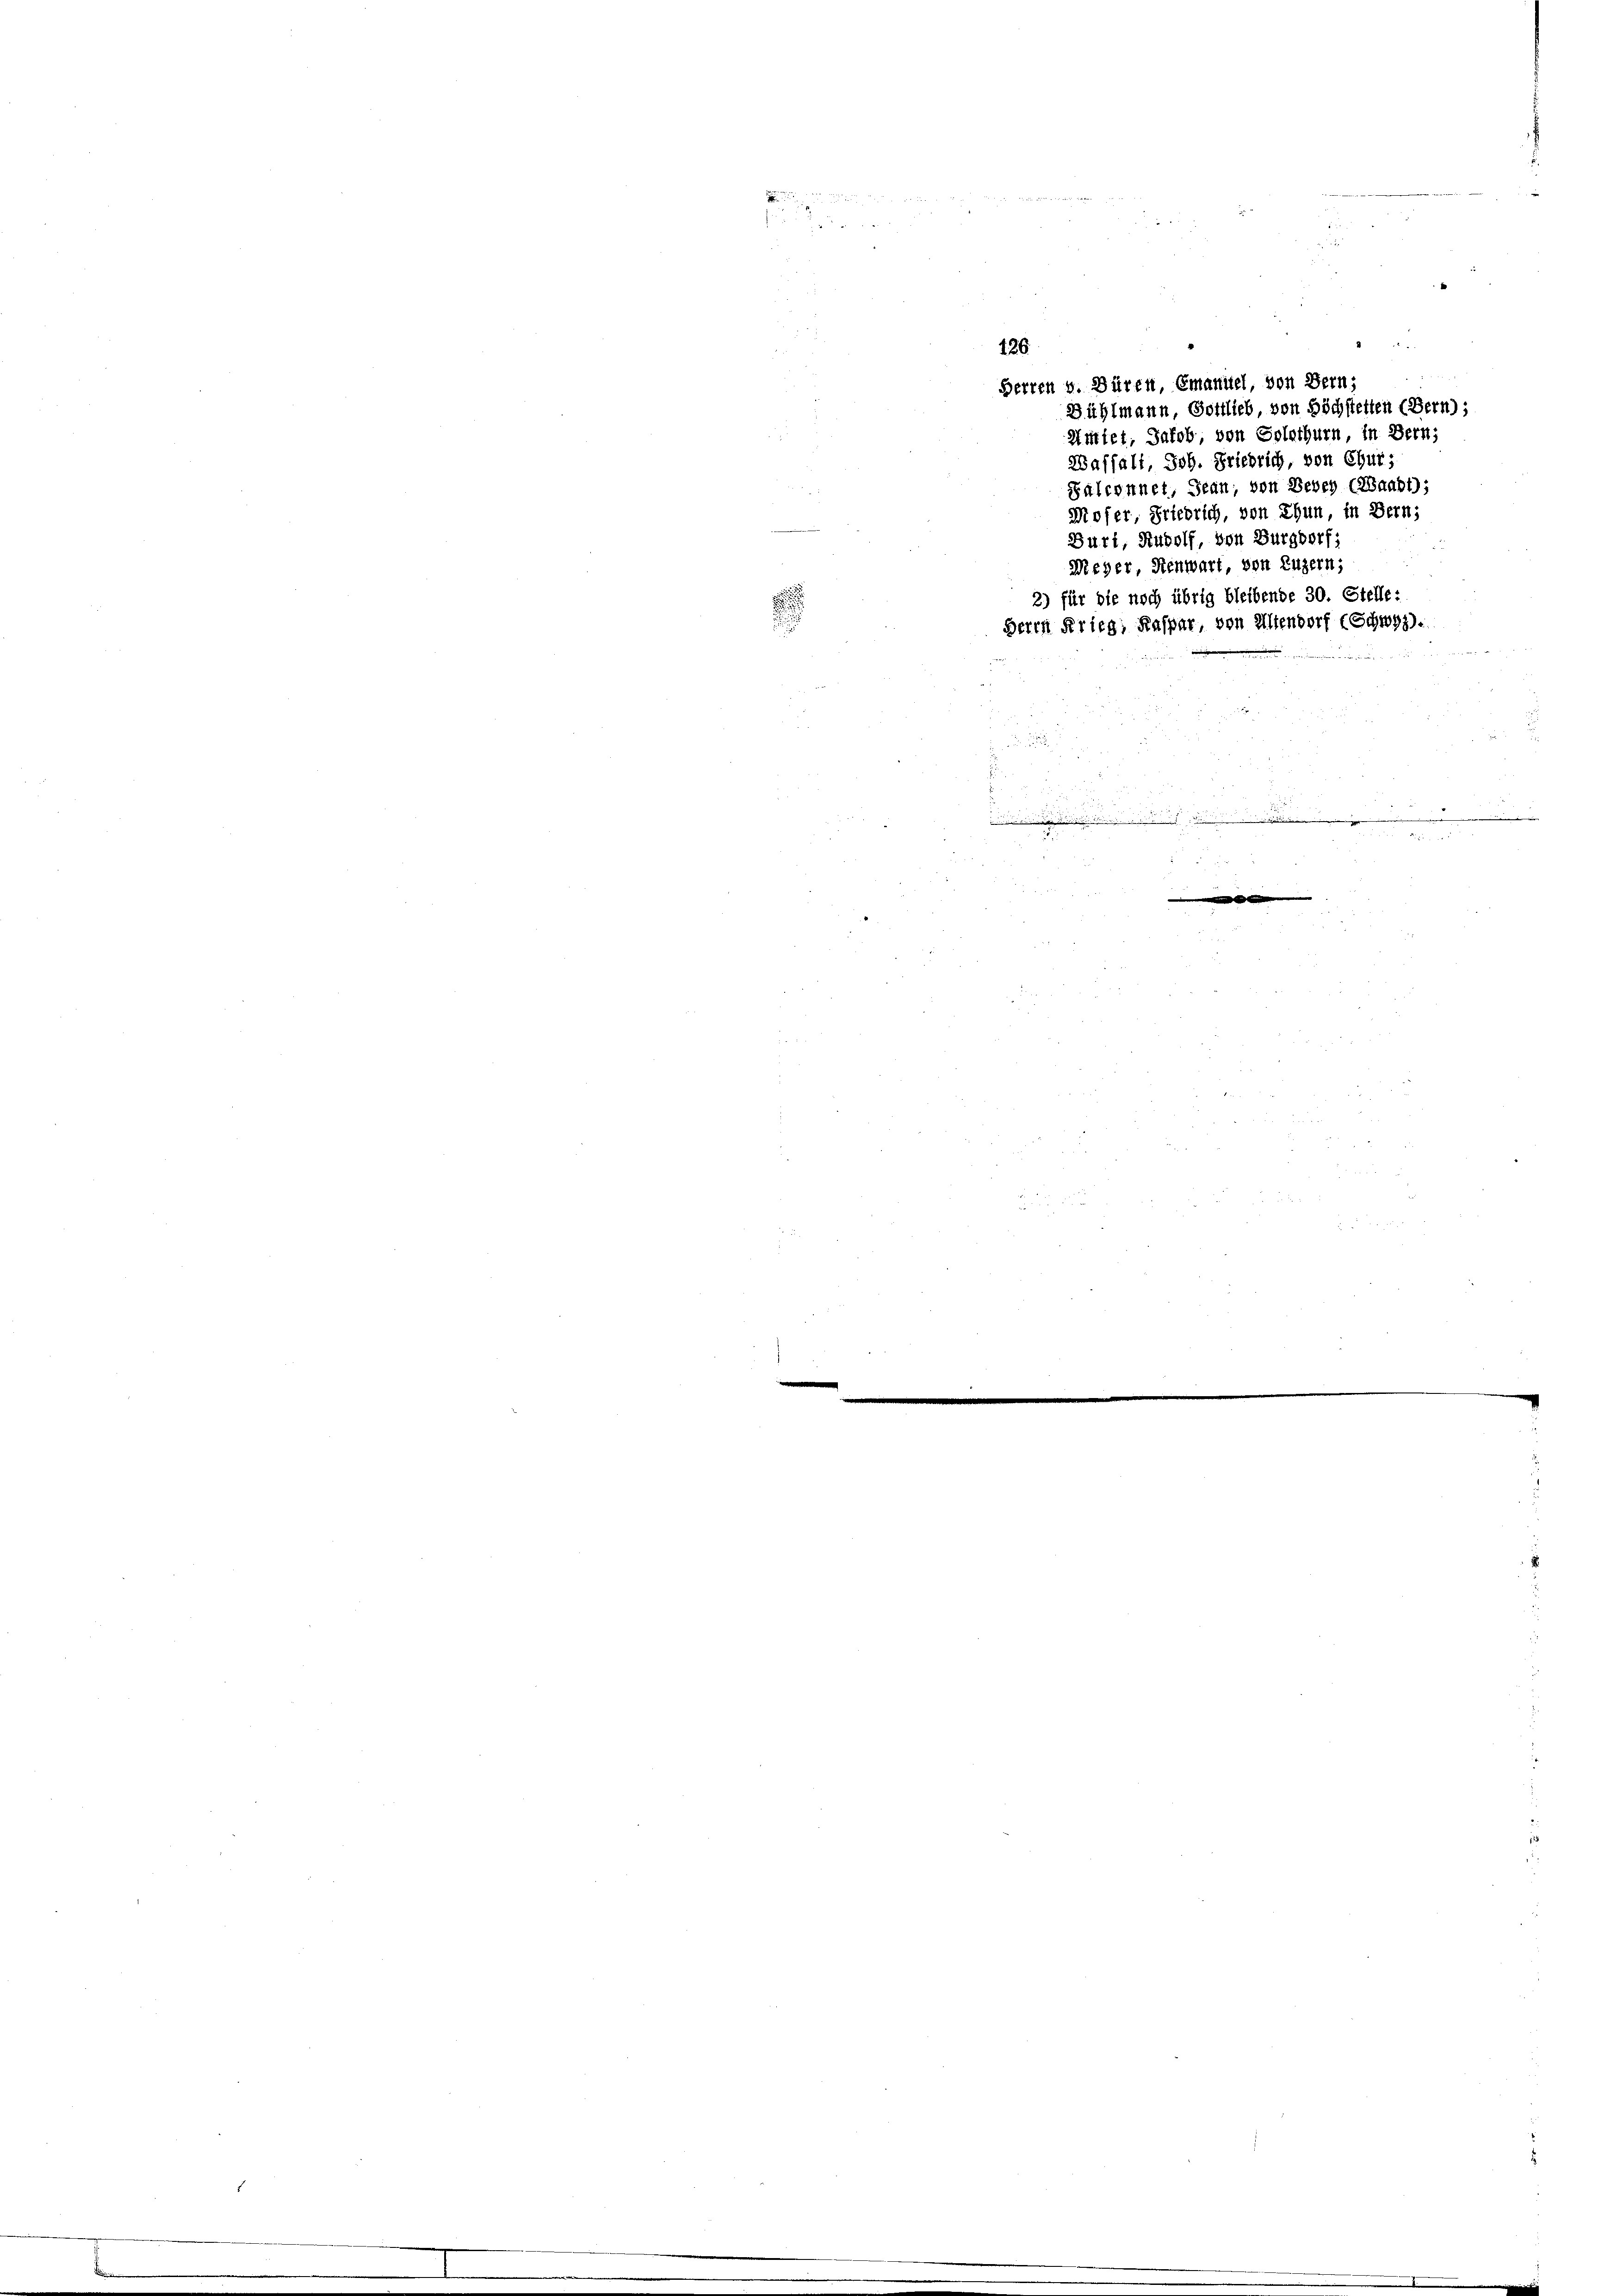
126
Herren v. Düren, Emaniel, von Bern;
Mittet, Jakob von Solothurn in Bern;
Waffalt, Joh. Friedrich, von Chur,
Salconnet Jean von Leben (Waabt);
Moser Friedrich, von Thun in Bern:
Duri, Rudolf, von Burgdorf,
Weyer, Renwart, von Luzern;
2) für die noch übrig bleibende 30. Stelle:
Herrn Krieg, Kaspar, von Altendorf (Schwyz).

e
2
153

b
.

.

j
d

Bühlmann Gottlieb, von Höchstetten (Bern):